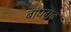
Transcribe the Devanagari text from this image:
बांघगढ़